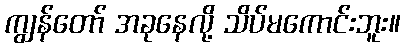
ကျွန်တော် အခုနေလို့ သိပ်မကောင်းဘူး။